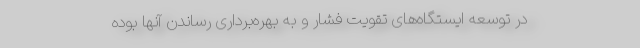
در توسعه ایستگاه‌های تقویت فشار و به بهره‌برداری رساندن آنها بوده